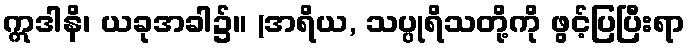
ဣဒါနိ၊ ယခုအခါ၌။ (အရိယ, သပ္ပုရိသတို့ကို ဖွင့်ပြပြီးရာ